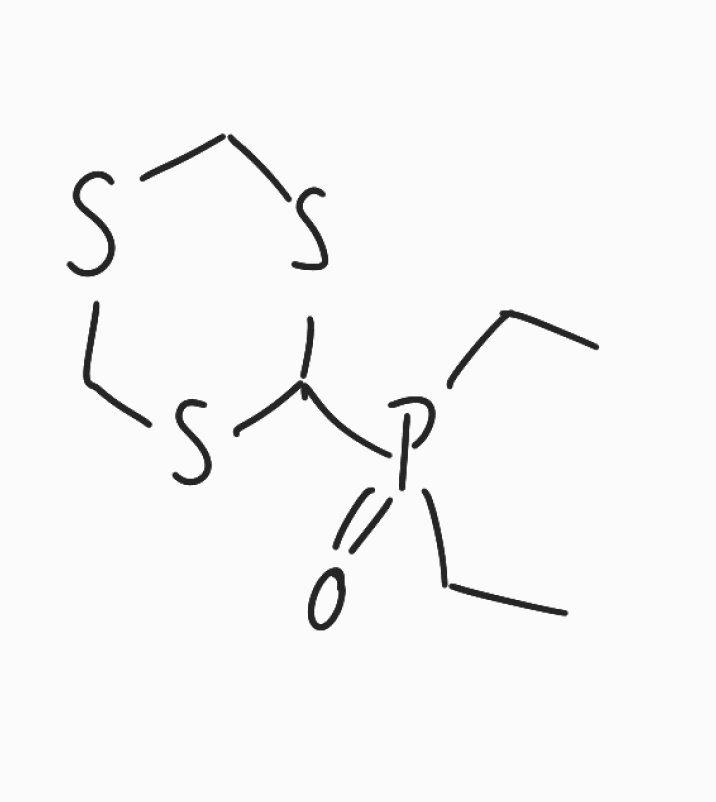
Simplified molecular-input line-entry system (SMILES) notation of the given molecule:
CCP(=O)(CC)C1SCSCS1